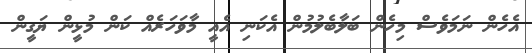
އެހެން ނަމަވެސް މިހެން ބަލާބެލުމުން އެކަނި އެއީ މާވަހަރެއް ކަން މުޅީން ޔަގީން